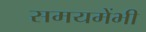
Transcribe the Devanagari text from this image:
समयमेंभी